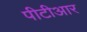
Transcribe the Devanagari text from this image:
पीटीआर